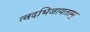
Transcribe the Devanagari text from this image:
त्वदभिजायताम्